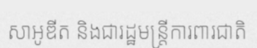
សាអូឌីត និងជារដ្ឋមន្ត្រីការពារជាតិ